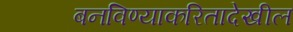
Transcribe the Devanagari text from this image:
बनविण्याकरितादेखील